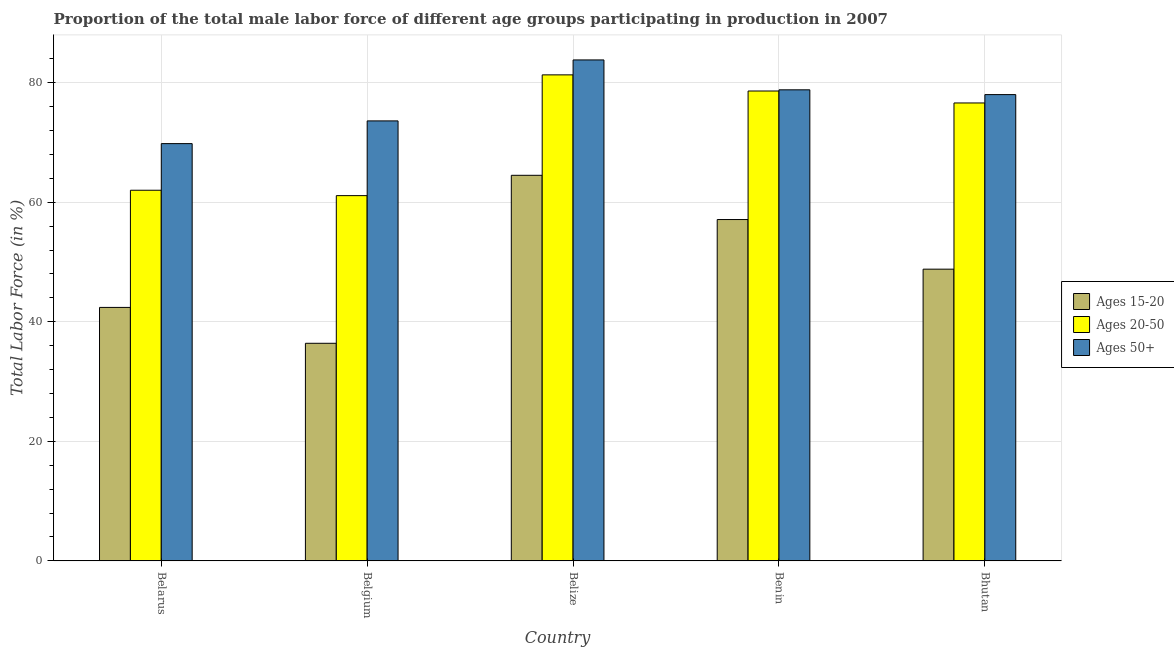
| Country | Ages 15-20 | Ages 20-50 | Ages 50+ |
 | --- | --- | --- | --- |
 | Belarus | 42.4 | 62 | 69.8 |
 | Belgium | 36.4 | 61.1 | 73.6 |
 | Belize | 64.5 | 81.3 | 83.8 |
 | Benin | 57.1 | 78.6 | 78.8 |
 | Bhutan | 48.8 | 76.6 | 78 |